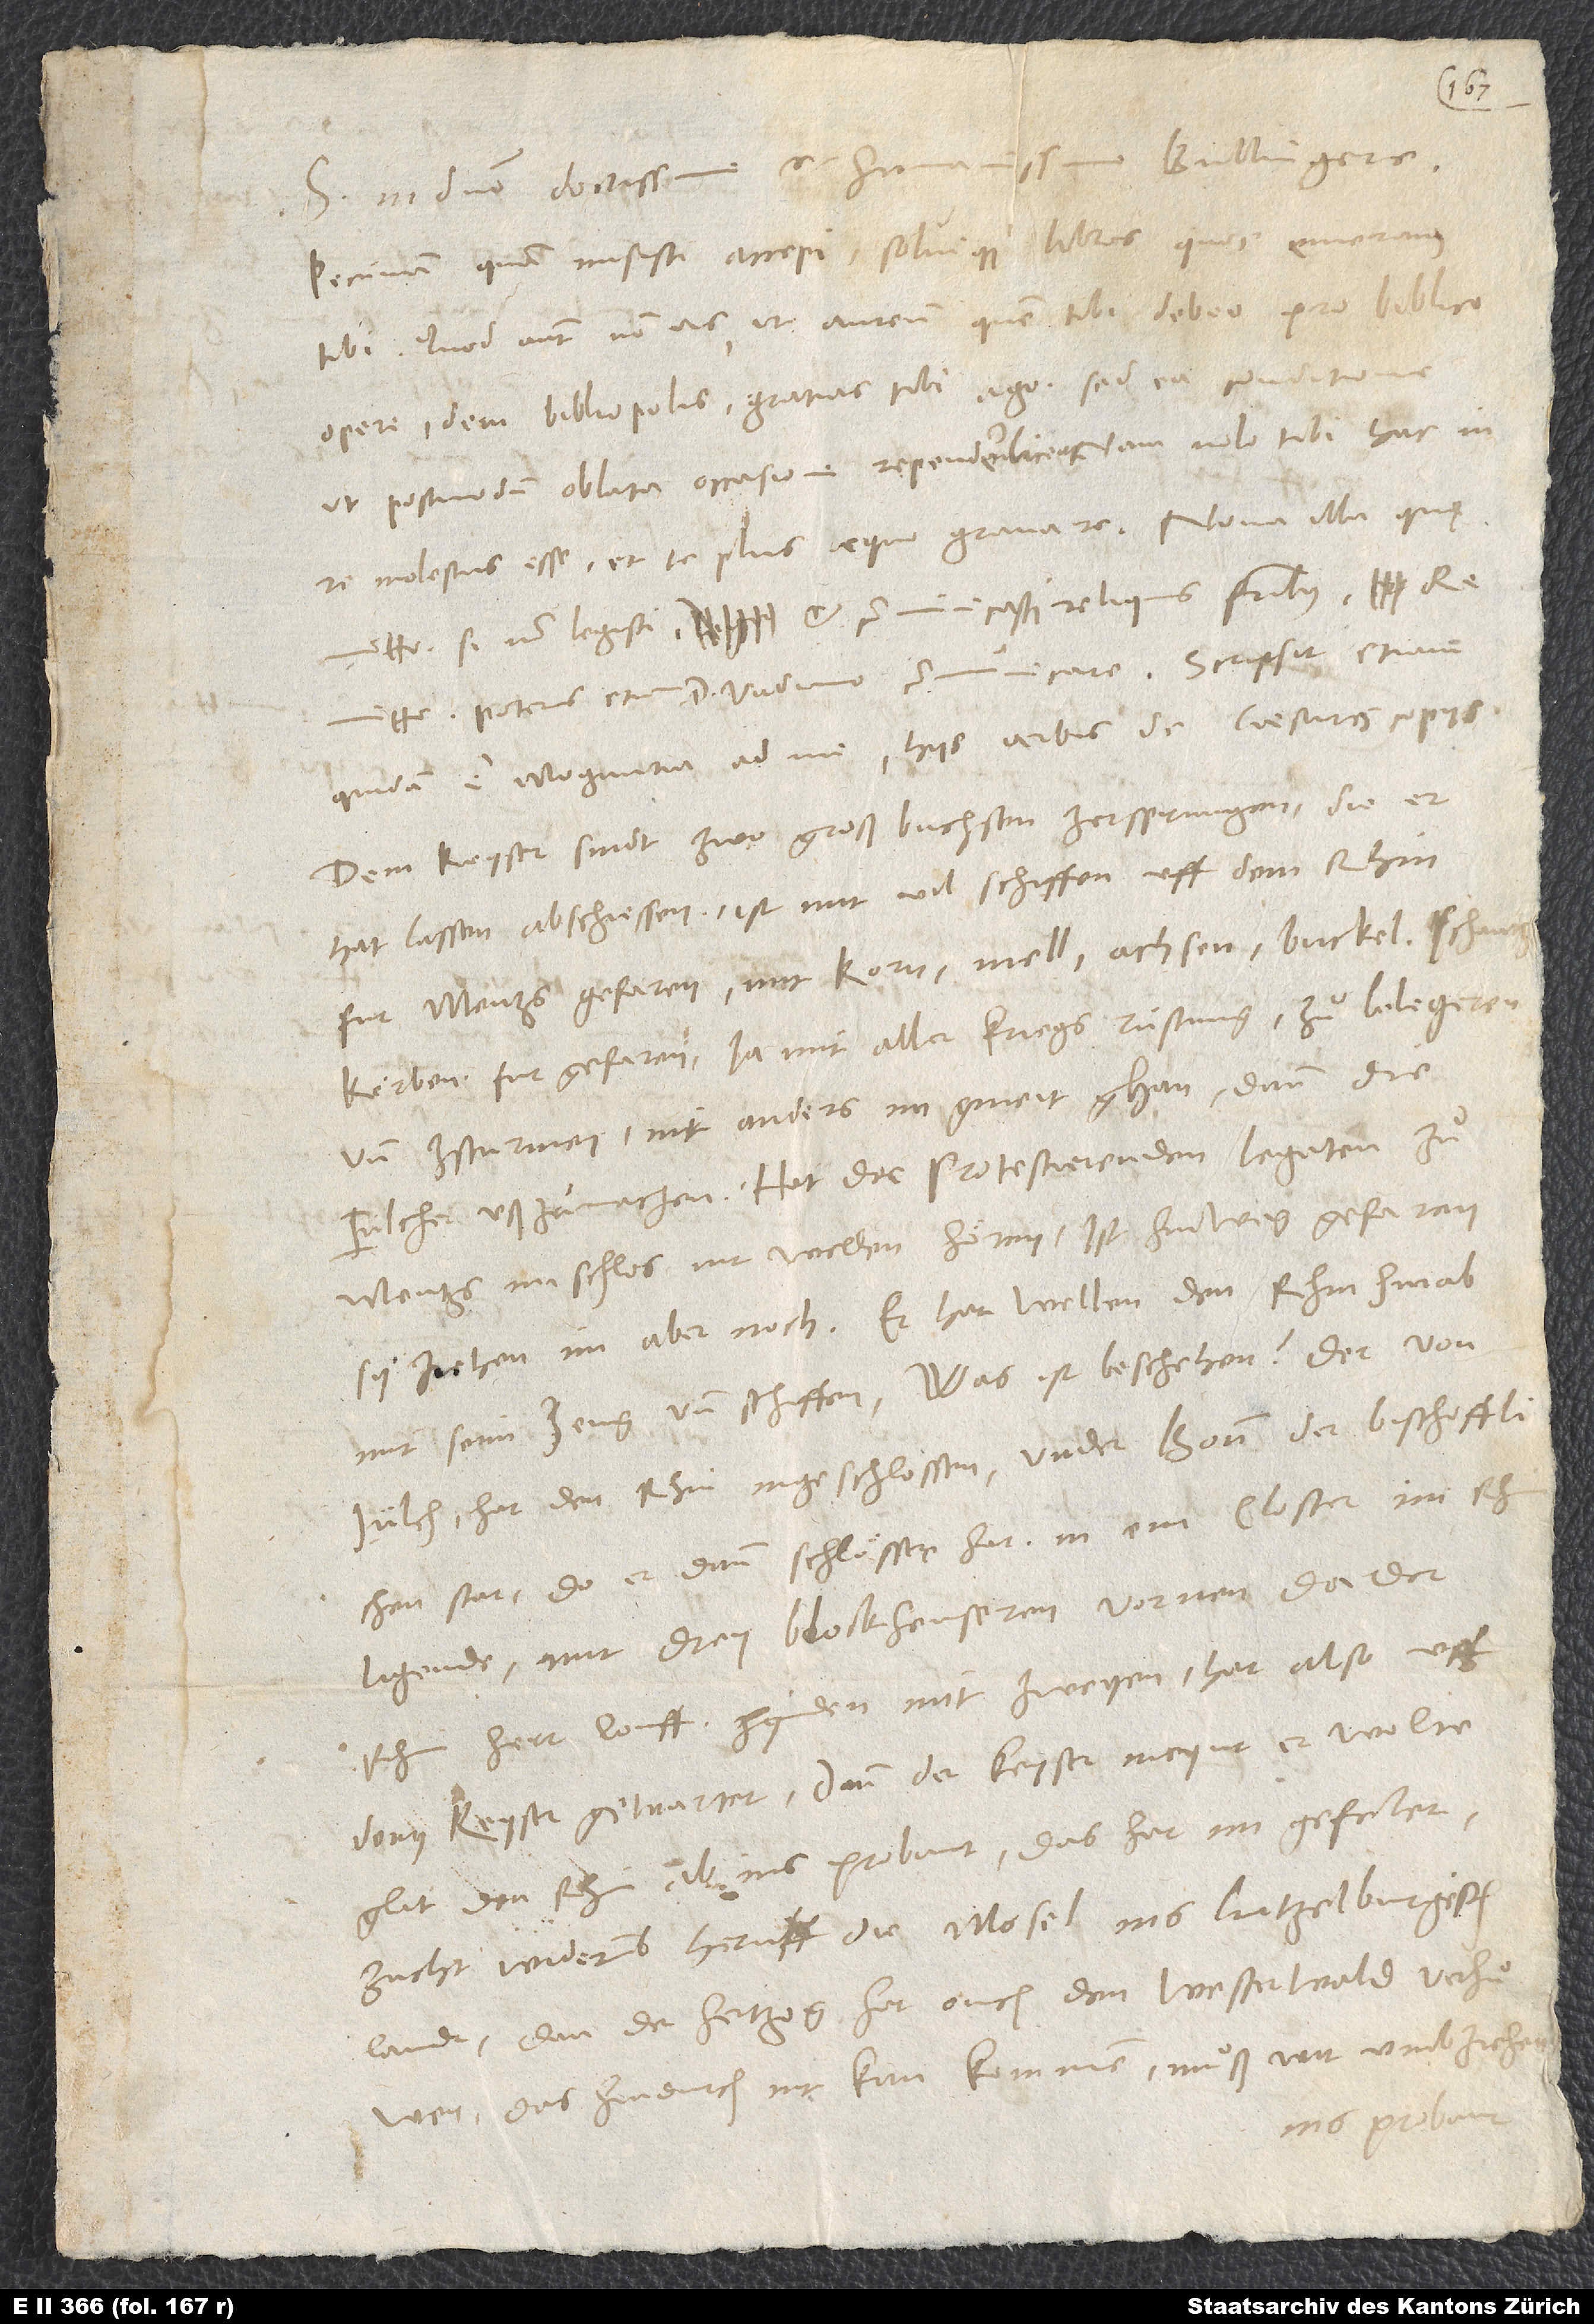
S. in domino, doctissime et humanissime Bullingere.
Pecuniam, quam misisti, accepi solvique libros, quos emeramus
tibi. Quod autem non vis, ut aureum, quem tibi debeo pro biblico
opere, dem bibliopolis, gratias tibi ago, sed ea conditione,
ut postmodum oblata occasione rependere liceat; nam nolo tibi hac in
mitto, si iam legisti et communicasti reliquis fratribus,
quidam e Moguntia ad me hiis verbis de caesaris copiis:
„Dem keyser sindt zwo groß buchsen zersprungen, die er
hat lassen abschiessen. Ist mit vil schiffen uff dem Rhin
fur Menzs gefaren, mit korn, mell, ochsen, buckel, schantz
körben fur gefaren, ja mit aller kriegs rüstung zuͦ belegeren
und zsturmen, nit anders im gmeit ghan dann die
Julcher ußzumachen. Hat der protestierenden legaten zuͦ
Mentzs im schlos nit wellen hören, ist hinweg gefaren;
sy ziehen im aber noch. Er hat wellen den Rhin hinab
mit seim zeug und schiffen. Was ist beschehen? Der von
Jülch hat den Rhin ingeschlossen under Bonn, der bischofflichen
stat, do er dann schlösser hat in eim closter im Rhin
ligende mit drey blockheuseren vornen, da der
Rhin her louft, hynden mit zweyen; hat also uff
denn keyser gewartet. Dann der keyser meynt, er wolte
glat den Rhin ab ins Probant; das hat im gefelet.
Zucht widerumb heruff die Mosel ins Lutzelburgisch
landt; dan der hertzog hat ouch den Westerwald verhuͦwen,
das hindurch nit kan kommen; muͦß wit umb ziehen
Probant